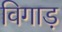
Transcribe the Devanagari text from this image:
विगाड़